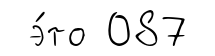
э́то 087